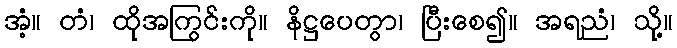
အံ့။ တံ၊ ထိုအကြွင်းကို။ နိဋ္ဌပေတွာ၊ ပြီးစေ၍။ အရညံ၊ သို့။